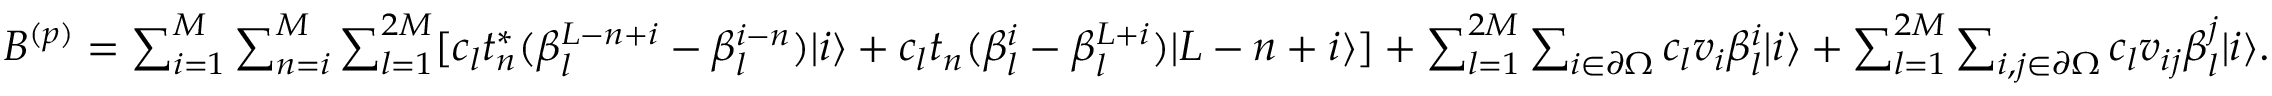
\begin{array} { r } { B ^ { ( p ) } = \sum _ { i = 1 } ^ { M } \sum _ { n = i } ^ { M } \sum _ { l = 1 } ^ { 2 M } [ c _ { l } t _ { n } ^ { \ast } ( \beta _ { l } ^ { L - n + i } - \beta _ { l } ^ { i - n } ) | i \rangle + c _ { l } t _ { n } ( \beta _ { l } ^ { i } - \beta _ { l } ^ { L + i } ) | L - n + i \rangle ] + \sum _ { l = 1 } ^ { 2 M } \sum _ { i \in \partial \Omega } c _ { l } v _ { i } \beta _ { l } ^ { i } | i \rangle + \sum _ { l = 1 } ^ { 2 M } \sum _ { i , j \in \partial \Omega } c _ { l } v _ { i j } \beta _ { l } ^ { j } | i \rangle . } \end{array}